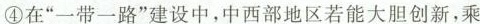
④在”一带一路”建设中，中西部地区若能大胆创新，乘